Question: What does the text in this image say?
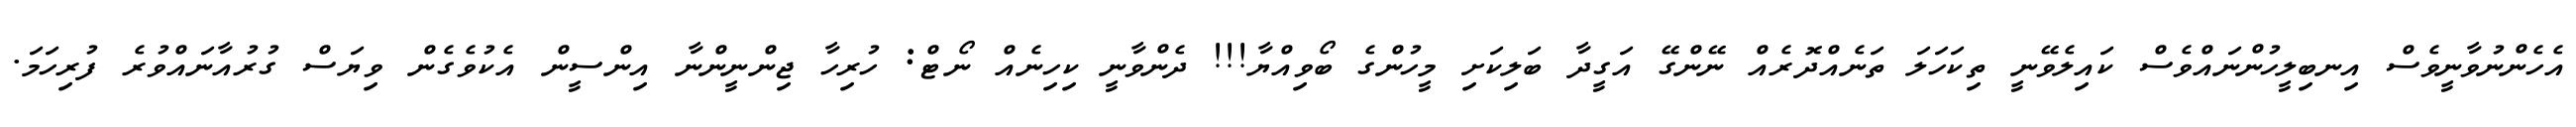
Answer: އެހެންނުވާނީވެސް އިނބިލީހުންނައްވެސް ކައިލެވޭނީ ތިކަހަލަ ތަނެއްދޮރެއް ނޭންގޭ އަގީދާ ބަލިކަށި މީހުންގެ ބޯވިއްޔާ!!! ދެންވާނީ ކިހިނެއް ނޯޓް: ހުރިހާ ޖިންނީންނާ އިންސީން އެކުވެގެން ވިޔަސް ގުރުއާނައްވުރެ ފުރިހަމަ.